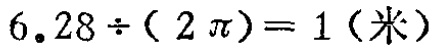
\(6.28\div(2\pi)=1(米)\)